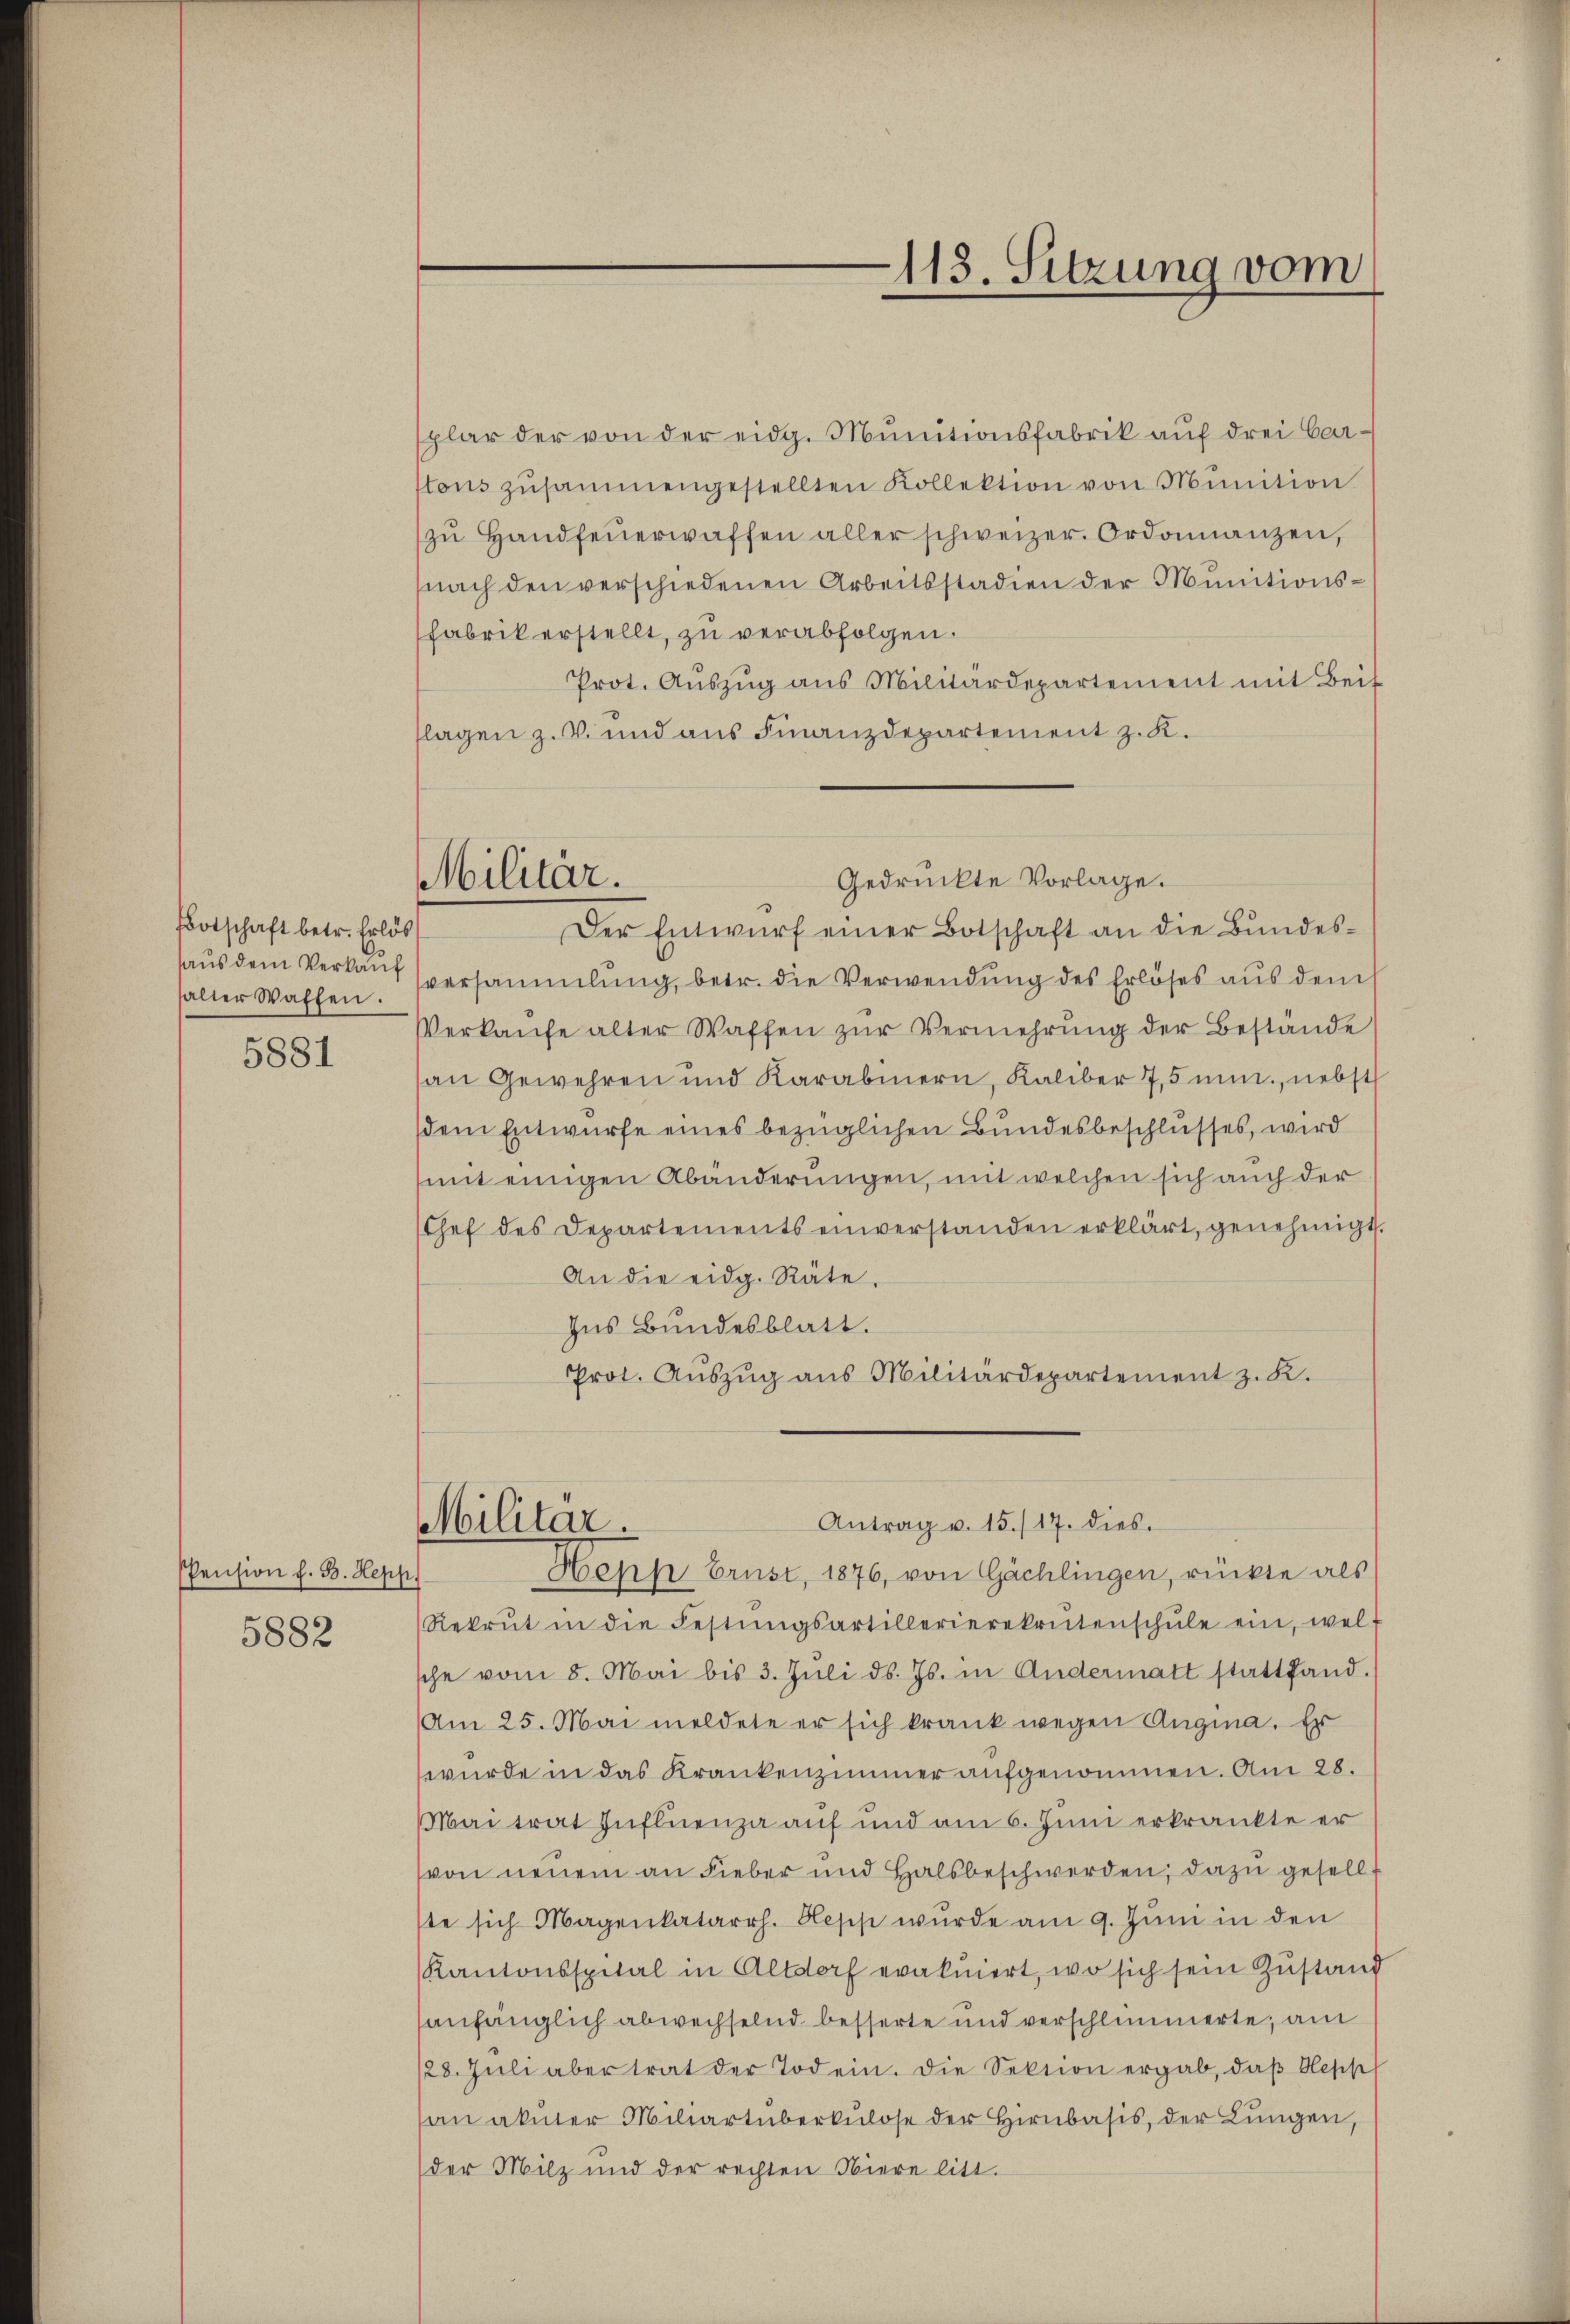
Botschaft betr. Erlös
halter Waffen.

5881

PPension f. B. Hepp
5882

Militär.

splar der von der eidg. Munitionsfabrik auf drei Car-
ftons zusammengestellten Kollektion von Munition
zŭ Handfeŭerwaffen aller schweizer. Ordonnanzen,
nach den verschiedenen Arbeitsstadien der Munitionsfabrik erstellt, zu verabfolgen.
Prot. Aŭszŭg ans Militärdepartement mit Beit
tlagen z. B. und aus Finanzdepartement z. R.
Der Entwŭrf einer Botschaft an die Bundes-
aus dem Verkauf versammlung, betr. die Verwendung des Erlöses aus dem
Verkaŭfe alter Waffen zŭr Vermehrŭng der Bestände
an Gewehren und Karabinern, Kaliber 75 nun, nebst
dem Entwurfe eines bezüglichen Bundesbeschlusses, wird
mit einigen Abänderungen, mit welchen sich auch der
Chef des Departements einverstanden erklärt, genehmigt.
An die eidg. Räte,
Ins Bundesblatt.
Prot. Aŭszŭg ans Militärdepartement z. K.

113. Sitzung vom

Gedrückte Vorlage.

Antrag u. 15./17. dies
Militar.
Hern Brust, 1876, von Gächlingen, rückte als

Rekrut in die Festŭngsartillerierekrutenschŭle ein, welt
sche vom 8. Mai bis 3. Jŭli d. Js. in Andermatt stattfand.
Am 25. Mai meldete er sich krank wegen Augina. Er
wurde in das Krankenzimmer aufgenommen. Am 28.
Mai trat Influenza auf und am 6. Juni erkränkte er
von neuem an Fieber und Halsbeschwerden, dazu gesellste sich Magenkatarrh. Sepp wŭrde am 9. Jŭni in den
Kantonsspital in Altdorf evakuiert, wo sich sein Zustand
sanfänglich abwechselnd besserte und verschlimmerte, am
/28. Jŭli aber trat der Tod ein. Die Sektion ergab, daβ Oepp
an akuter Miliartüberkulose der Hirnbasis, der Lungen,
der Milz und der rechten Niere litt.